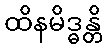
ထိနမိဒ္ဓန္တိ